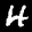
Label: 4